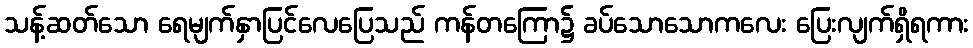
သန့်ဆတ်သော ရေမျက်နှာပြင်လေပြေသည် ကန်တကြော၌ ခပ်သောသောကလေး ပြေးလျက်ရှိရကား